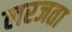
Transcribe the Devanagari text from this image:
लरजता